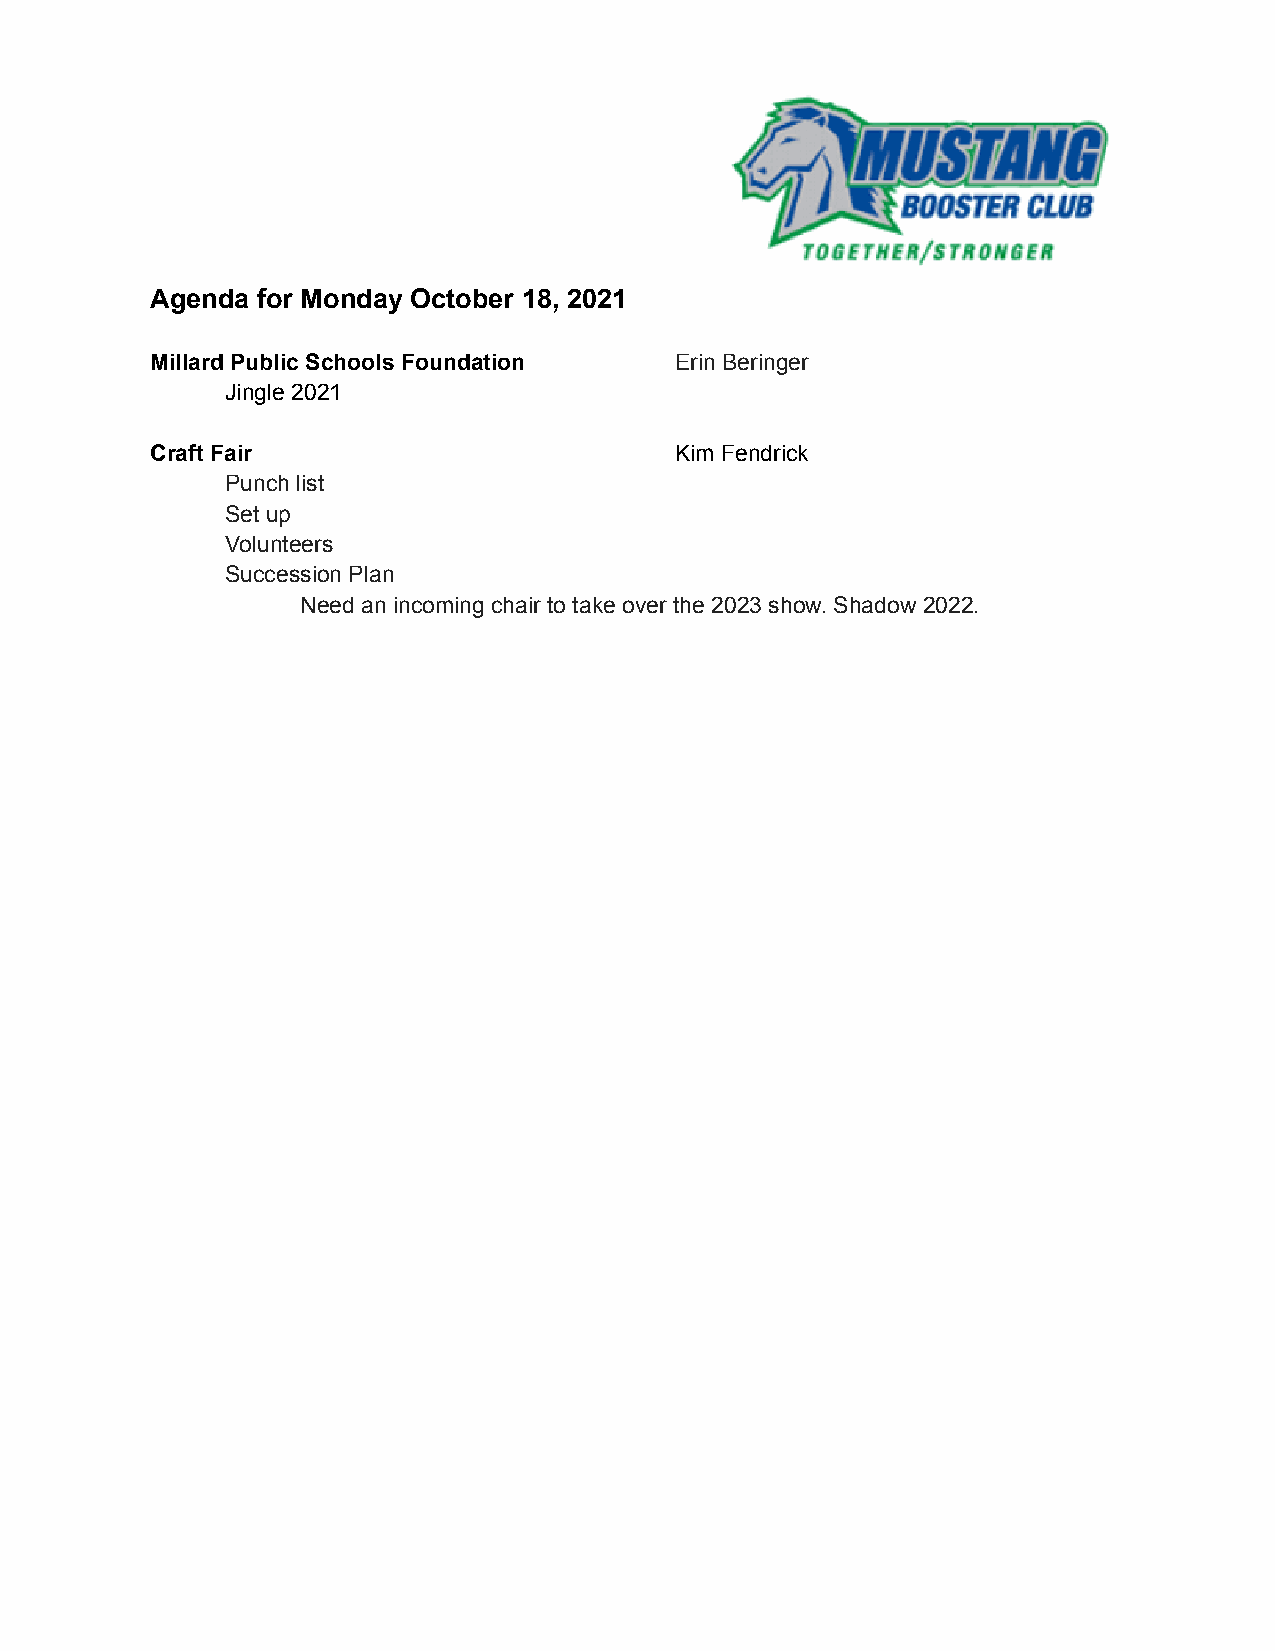
Agenda for Monday October 18, 2021
 Millard Public Schools Foundation  Erin Beringer
 Jingle 2021
 Craft Fair                         Kim Fendrick
 Punch list
 Set up
 Volunteers
 Succession Plan
 Need an incoming chair to take over the 2023 show. Shadow 2022.